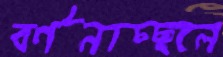
বর্ণনাচ্ছলে